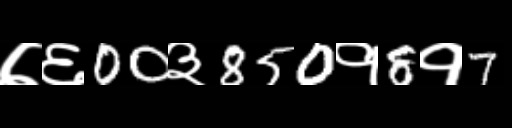
Text: ७६00३850१8१7